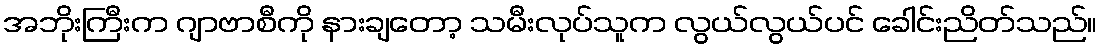
အဘိုးကြီးက ဂျာဗာစီကို နားချတော့ သမီးလုပ်သူက လွယ်လွယ်ပင် ခေါင်းညိတ်သည်။